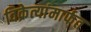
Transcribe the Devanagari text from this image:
विक्रेत्यांमार्फत